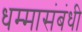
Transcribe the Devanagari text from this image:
धम्मासंबंधी